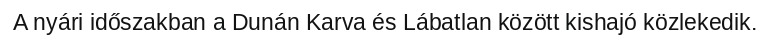
A nyári időszakban a Dunán Karva és Lábatlan között kishajó közlekedik.